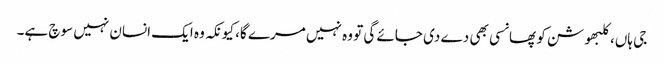
جی ہاں، کلبھوشن کو پھانسی بھی دے دی جائے گی تو وہ نہیں مرے گا، کیونکہ وہ ایک انسان نہیں سوچ ہے۔